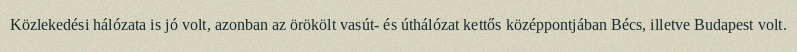
Közlekedési hálózata is jó volt, azonban az örökölt vasút- és úthálózat kettős középpontjában Bécs, illetve Budapest volt.